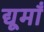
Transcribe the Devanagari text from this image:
द्यूमाँ